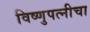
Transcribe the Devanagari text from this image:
विष्णुपत्नीचा